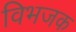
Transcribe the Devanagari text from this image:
विभजक